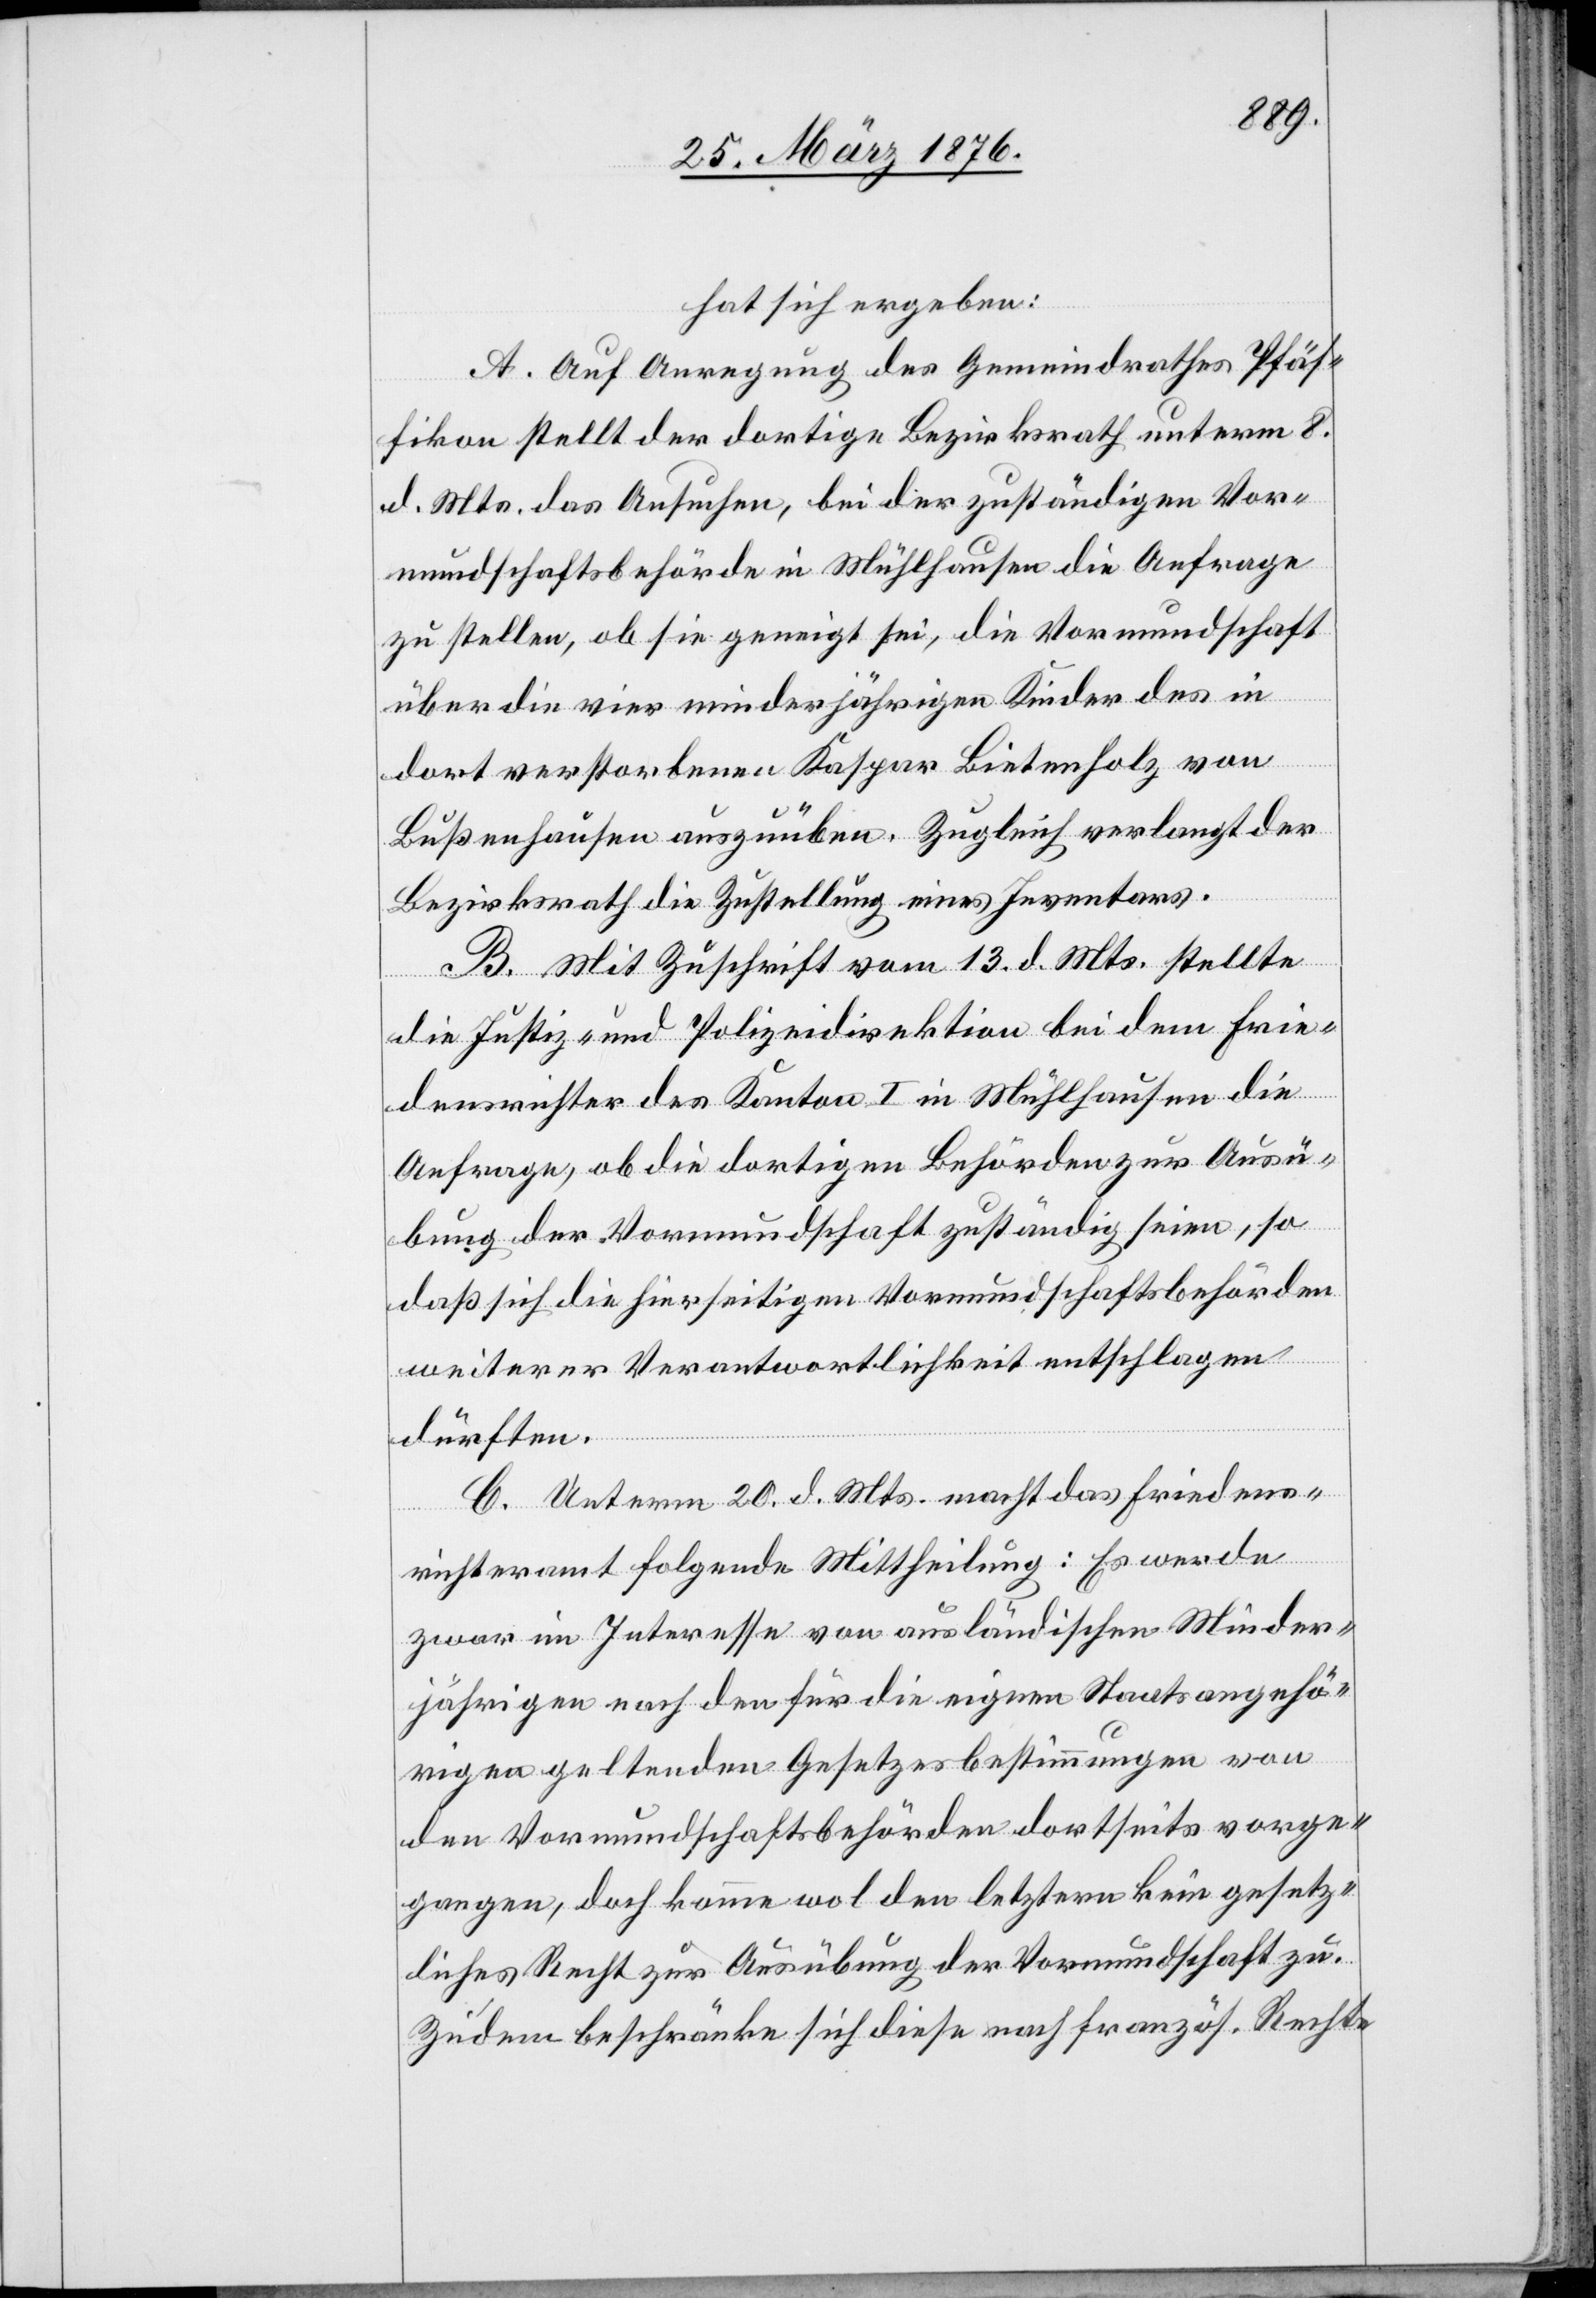
hat sich ergeben:
A. Auf Anregung des Gemeindrathes Pfäf¬
fikon stellt der dortige Bezirksrath unterm 8.
d. Mts. das Ansuchen, bei der zuständigen Vor¬
mundschaftsbehörde in Mühlhausen die Anfrage
zu stellen, ob sie geneigt sei, die Vormundschaft
über die vier minderjährigen Kinder des in
dort verstorbenen Kaspar Bietenholz von
Bußenhausen auszuüben. Zugleich verlangt der
Bezirksrath die Zustellung eines Inventars.
B. Mit Zuschrift vom 13. d. Mts. stellte
die Justiz- und Polizeidirektion bei dem Frie¬
densrichter des Kanton I in Mühlhausen die
Anfrage, ob die dortigen Behörden zur Ausü¬
bung der Vormundschaft zuständig seien, so
daß sich die hierseitigen Vormundschaftsbehörden
weiterer Verantwortlichkeit entschlagen
dürften.
C. Unterm 20. d. Mts. macht das Friedens¬
richteramt folgende Mittheilung: Es werde
zwar im Interesse von ausländischen Minder¬
jährigen nach den für die eigenen Staatsangehör¬
igen geltenden Gesetzesbestimmungen von
den Vormundschaftsbehörden dortseits vorge¬
gangen, doch komme wol den letztern kein gesetz¬
liches Recht zur Ausübung der Vormundschaft zu.
Zudem beschränke sich diese nach französ. Rechte